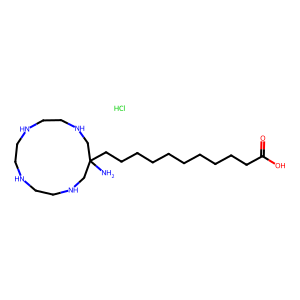
SMILES: Cl.NC1(CCCCCCCCCCC(=O)O)CNCCNCCNCCNC1
Inhibits HIV replication: No